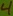
Text: 4